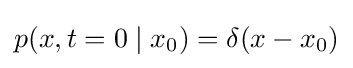
p(x,t=0\mid x_{0})=\delta (x-x_{0})